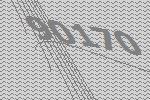
90170